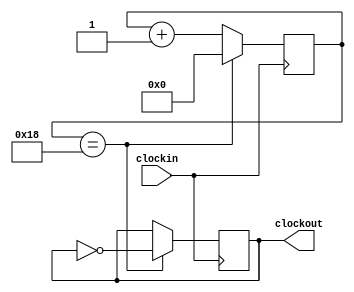
module fenpin50(clockin,clockout);
input clockin;
output clockout;
reg [5:0]count;
reg clockout;
parameter N=50;

always@(posedge clockin)
begin
	if(count==N/2-1)
	begin
		count<=0;
		clockout<=~clockout;
	end
	else count<=count+1;
end
endmodule